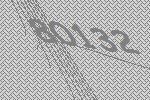
80132